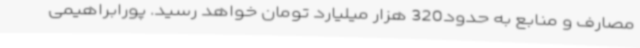
مصارف و منابع به حدود320 هزار میلیارد تومان خواهد رسید. پورابراهیمی